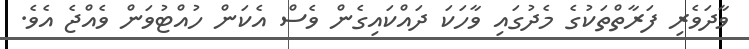
ވާދަވެރި ފަރާތްތަކުގެ މެދުގައި ވާހަކަ ދައްކައިގެން ވެސް އެކަން ހުއްޓުވަން ވެއްޖެ އެވެ.